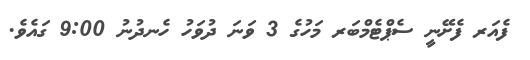
ފެއަރ ފެށޭނީ ސެޕްޓެމްބަރ މަހުގެ 3 ވަނަ ދުވަހު ހެނދުނު 9:00 ގައެވެ.